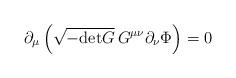
LaTeX: \begin{align*}\partial_\mu \left(\sqrt{- {\rm det} G} \,G^{\mu\nu} \partial_\nu\Phi\right) = 0\end{align*}